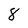
Character: 8